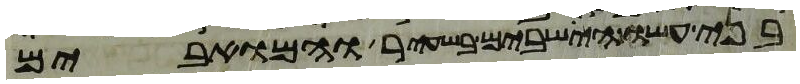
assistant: בני עשו הישבים בשעיר והמואבים